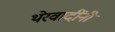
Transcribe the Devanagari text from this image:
थेरवादींनी